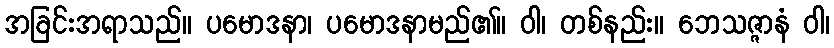
အခြင်းအရာသည်။ ပမောဒနာ၊ ပမောဒနာမည်၏။ ဝါ၊ တစ်နည်း။ ဘေသဇ္ဇာနံ ဝါ၊